Insane asylums Bombay 1873-77 - 1873-1877
Year: 1873
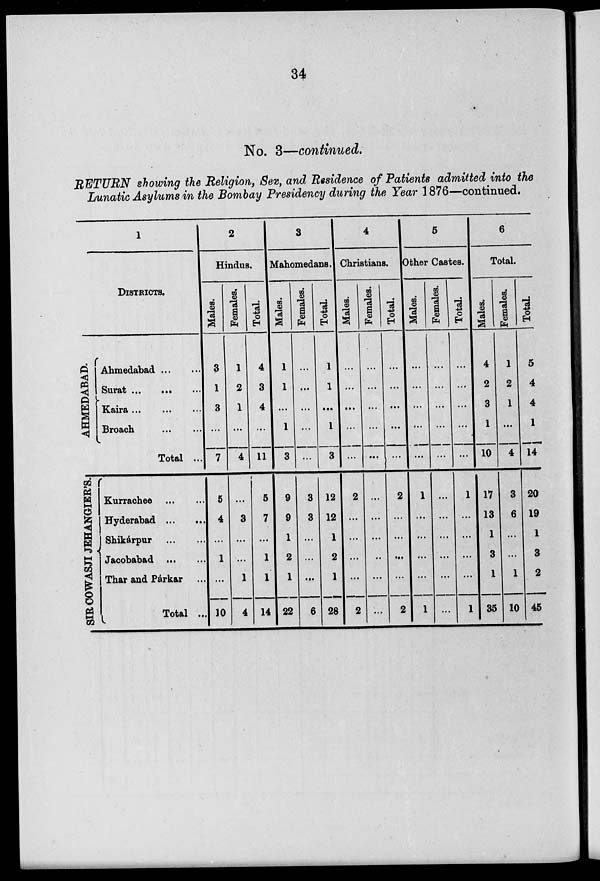
34
No. 3—continued.
RETURN showing the Religion, Sex, and Residence of Patients admitted into the
Lunatic Asylums in the Bombay Presidency during the Year 1876—continued.
1
DISTRICTS.
AHMEDABAD.
SIR COWASJI JEHANGIER'S.
Ahmedabad ... ...
Surat ... ... ...
Kaira ...
...
...
Broach
...
...
Total ...
Kurrachee
Hyderabad
Shikárpur
Jacobabad ... ...
Thar and Párkar
Total ...
2
Hindus.
Males.
3
1
3
...
7
5
4
...
1
...
10
Females.
1
2
1
...
4
...
3
...
...
1
4
Total.
4
3
4
...
11
5
7
...
1
1
14
3
Mahomedans.
Males.
1
1
...
1
3
9
9
1
2
1
22
Females.
...
...
...
..
...
3
3
...
...
...
6
Total
1
1
...
1
3
12
12
1
2
1
28
4
Christians.
Males.
...
...
...
...
...
2
...
...
...
...
2
Females.
...
...
...
...
...
...
...
...
..
...
...
Total.
...
...
...
...
...
2
...
...
...
...
2
5
Other Castes.
Males.
...
...
...
..
...
1
...
...
...
...
1
Females.
...
...
...
...
...
...
...
...
..
...
...
Total.
...
...
...
...
...
1
...
...
...
...
1
6
Total.
Males.
4
2
3
1
10
17
13
1
3
1
35
Females.
1
2
1
...
4
3
6
...
...
1
10
Total.
5
4
4
1
14
20
19
1
3
2
45